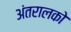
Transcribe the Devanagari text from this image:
अंतरालको